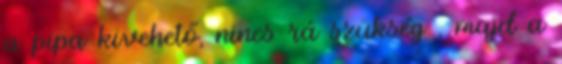
a pipa kivehető, nincs rá szükség , majd a